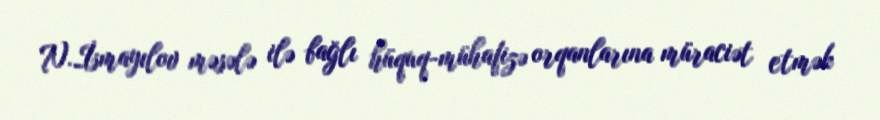
N.İsmayılov məsələ ilə bağlı hüquq-mühafizə orqanlarına müraciət etmək